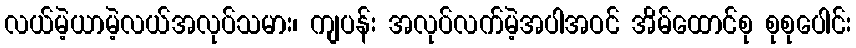
လယ်မဲ့ယာမဲ့လယ်အလုပ်သမား၊ ကျပန်း အလုပ်လက်မဲ့အပါအဝင် အိမ်ထောင်စု စုစုပေါင်း